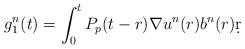
LaTeX: \begin{align*}g_1^n(t)=\int^t_0P_p({t-r}) \nabla u^n(r) b^n(r)\d r\end{align*}